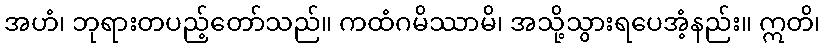
အဟံ၊ ဘုရားတပည့်တော်သည်။ ကထံဂမိဿာမိ၊ အသို့သွားရပေအံ့နည်း။ ဣတိ၊